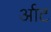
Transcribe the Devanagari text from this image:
र्आट